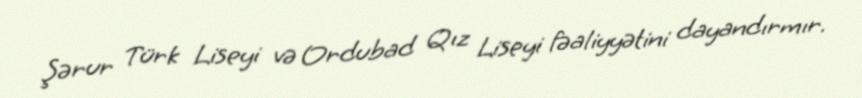
Şərur Türk Liseyi və Ordubad Qız Liseyi fəaliyyətini dayandırmır.